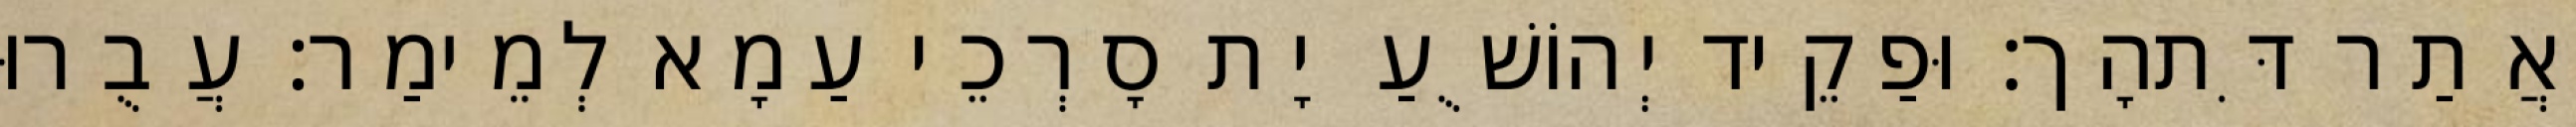
אֲתַר דִּתהָך׃ וּפַקֵיד יְהוֹשֻׁעַ יָת סָרְכֵי עַמָא לְמֵימַר׃ עֲבֻרוּ